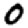
Digit: 0